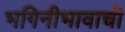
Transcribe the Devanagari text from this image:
भगिनीभावाची